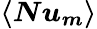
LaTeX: \boldsymbol{\langle Nu_{m}\rangle}